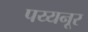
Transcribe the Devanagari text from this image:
पय्यनूर